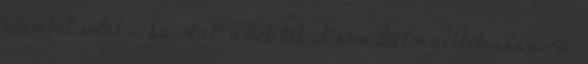
szemből érték a hajókat, azok tehát nem dülöngéltek annyira.